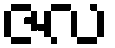
ဇလ